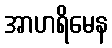
အာဟရိမေန